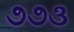
૭૭૩